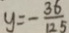
y = - \frac { 3 6 } { 1 2 5 }